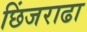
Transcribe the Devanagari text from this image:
छिंजराढा